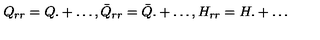
Q _ { r r } = Q . + \ldots , \bar { Q } _ { r r } = \bar { Q } . + \ldots , H _ { r r } = H . + \ldots